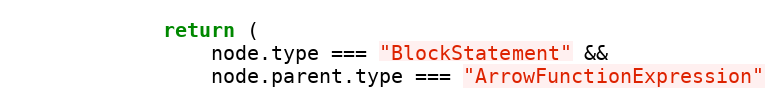
Language: JavaScript
            return (
                node.type === "BlockStatement" &&
                node.parent.type === "ArrowFunctionExpression"